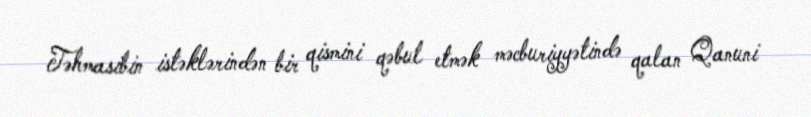
Təhmasibin istəklərindən bir qismini qəbul etmək məcburiyyətində qalan Qanuni